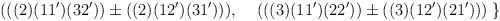
\begin{align*}\;\;\;\;\;(((2)(11')(32'))\pm((2)(12')(31'))), \;\; \;\;(((3)(11')(22'))\pm((3)(12')(21'))) \; \}\end{align*}